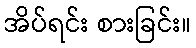
အိပ်ရင်း စားခြင်း။